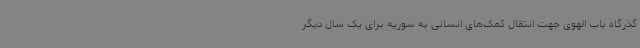
گذرگاه باب الهوی جهت انتقال کمک‌های انسانی به سوریه برای یک سال دیگر